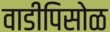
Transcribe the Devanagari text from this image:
वाडीपिसोळ